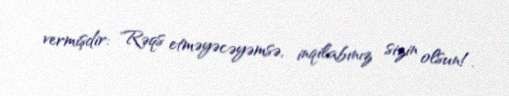
vermişdir: "Rəqs etməyəcəyəmsə, inqilabınız sizin olsun!.